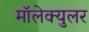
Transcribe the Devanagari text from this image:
मॉलेक्‍युलर